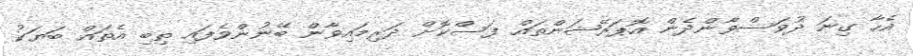
އެހާ ގިނަ ދުވަސްވާންދެން އޮޕަރޭޝަންތައް ފަސްކޮށް ދަރިމައިވާން ބޭނުންވެފައި ތިބި އެތައް ބަޔަކު